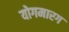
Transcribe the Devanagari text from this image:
योगमारग